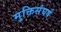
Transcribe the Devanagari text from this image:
मुक्तिसंघर्ष